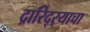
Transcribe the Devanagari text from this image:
द्रारिद्‌र्‍याचा